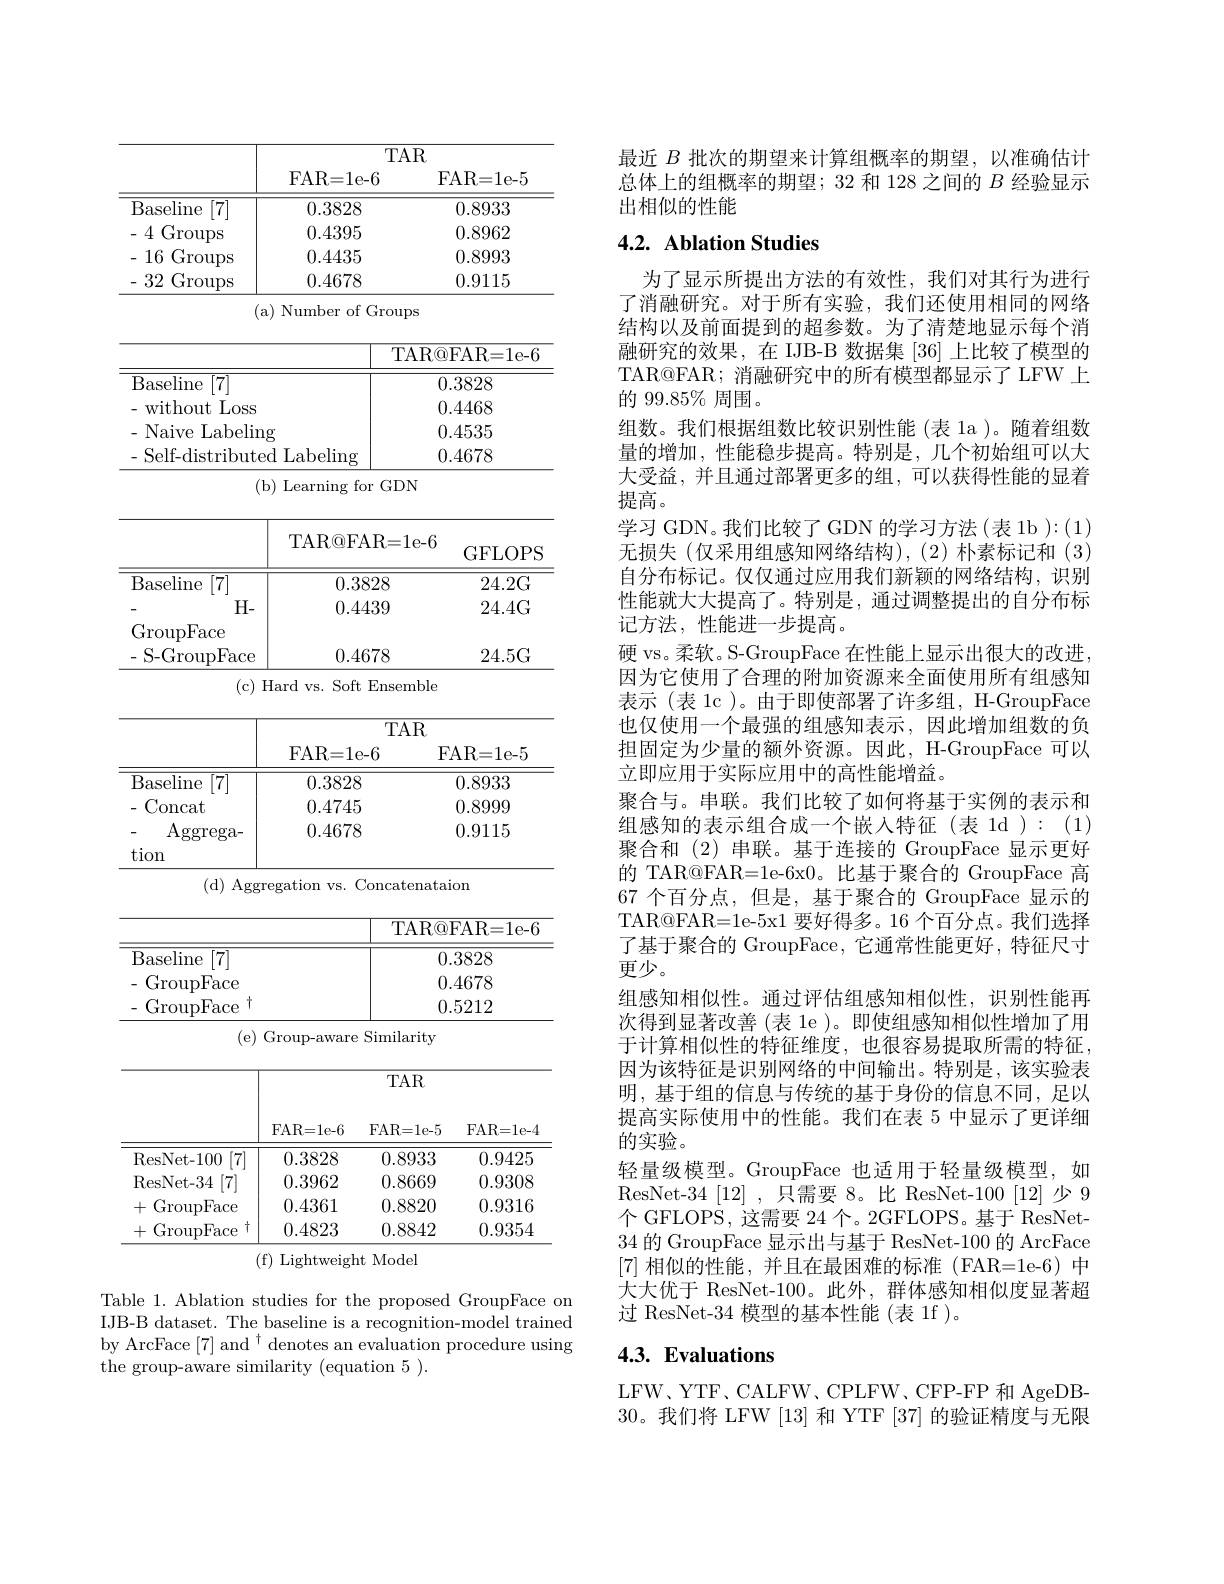
<table>
	<tbody>
		<tr>
			<th> </th>
			<th colspan="3">$TAR$</th>
		</tr>
		<tr>
			<th> </th>
			<th>FAR=1e-6</th>
			<th>-6 $F_{L}$</th>
			<th>FAR= 1e- 5</th>
		</tr>
		<tr>
			<td>Baseline [7]</td>
			<td>0.3828</td>
			<td> </td>
			<td>0.8933</td>
		</tr>
		<tr>
			<td>4( Groups</td>
			<td>0.4395</td>
			<td> </td>
			<td>0.8962</td>
		</tr>
		<tr>
			<td>16 $\operatorname{Groups}$</td>
			<td>0.4435</td>
			<td> </td>
			<td>0.8993</td>
		</tr>
		<tr>
			<td>32 Groups</td>
			<td>0.4678</td>
			<td> </td>
			<td>0.9115</td>
		</tr>
		<tr>
			<td>(a) I</td>
			<td>Number of Gr</td>
			<td>Groups</td>
			<td> </td>
		</tr>
		<tr>
			<td> </td>
			<td> </td>
			<td>TAR@ </td>
			<td>QFAR= 1e- 6</td>
		</tr>
		<tr>
			<td>Baseline $\overline{\left\lceil7\right\rceil}$</td>
			<td> </td>
			<td>0</td>
			<td>).3828</td>
		</tr>
		<tr>
			<td>Loss without</td>
			<td> </td>
			<td>0.</td>
			<td>).4468</td>
		</tr>
		<tr>
			<td>Naive Labeling</td>
			<td> </td>
			<td>0.</td>
			<td>).4535</td>
		</tr>
		<tr>
			<td>Self-distributed</td>
			<td>${\mathrm{d}}$Labeling</td>
			<td>0.</td>
			<td>).4678</td>
		</tr>
		<tr>
			<td>(b)</td>
			<td>Learning for</td>
			<td>$GDN$ $\Upsilon$</td>
			<td> </td>
		</tr>
		<tr>
			<td> </td>
			<td>TAR@FAR</td>
			<td>R= 1e- 6</td>
			<td>GFLOPS</td>
		</tr>
		<tr>
			<td>Baseline [7]</td>
			<td>$0.382\xi$</td>
			<td>328</td>
			<td>24.2G</td>
		</tr>
		<tr>
			<td>$H-$ GroupFace</td>
			<td>0.4439</td>
			<td>139</td>
			<td>24.4G</td>
		</tr>
		<tr>
			<td>S-GroupFace</td>
			<td>0.4678</td>
			<td>i78</td>
			<td>24.5G</td>
		</tr>
		<tr>
			<td>(c) Har</td>
			<td>ard $VS.$ Soft $En$</td>
			<td>Ensemble</td>
			<td> </td>
		</tr>
		<tr>
			<td> </td>
			<td>TM T $\frac{1}{2}=\frac{1}{2}=\frac{1}{2}$ -1 $\frac{1}{2}=\frac{1}{2}=\frac{1}{2}$ $\frac{1}{2}=\frac{1}{2}=\frac{1}{2}$</td>
			<td>$TAR$</td>
			<td>$\frac{1}{2}=\frac{1}{2}=\frac{1}{2}$ 1</td>
		</tr>
		<tr>
			<td>1 $1\bullet$ $[\neg1]$</td>
			<td>FAR= 1e- 0</td>
			<td>$F.$ </td>
			<td>AR= Ie- </td>
		</tr>
		<tr>
			<td>Baseline [7]</td>
			<td>0.3828</td>
			<td> </td>
			<td>0.8933</td>
		</tr>
		<tr>
			<td>Ddsellle</td>
			<td>$00\angle C$ 、、、</td>
			<td> </td>
			<td>0.09.00</td>
		</tr>
		<tr>
			<td>Concat</td>
			<td>0.4745</td>
			<td> </td>
			<td>0.8999</td>
		</tr>
		<tr>
			<td>${\mathrm{~oncat}}$</td>
			<td>0.4/40 1</td>
			<td> </td>
			<td>0.8999 15</td>
		</tr>
		<tr>
			<td>Aggrega- </td>
			<td>0.4678</td>
			<td> </td>
			<td>0.9115</td>
		</tr>
		<tr>
			<td>$155^{1}$cg$^{o}$ tion</td>
			<td>0.4010</td>
			<td> </td>
			<td>$V.U\bot U$</td>
		</tr>
		<tr>
			<td> </td>
			<td> </td>
			<td>IARQ</td>
			<td>gFAR= le- 6</td>
		</tr>
		<tr>
			<td>Baseline</td>
			<td> </td>
			<td> </td>
			<td>1.6828 70</td>
		</tr>
		<tr>
			<td>$\operatorname{iroupFace}$</td>
			<td> </td>
			<td> </td>
			<td>1.46/8</td>
		</tr>
		<tr>
			<td>$\operatorname{xrouprac}$ (e)Gru</td>
			<td>Sin $\operatorname{iroup-aware}$</td>
			<td>Similarity</td>
			<td>$J.0\angle1\angle$</td>
		</tr>
		<tr>
			<td></td>
			<td>$^{\mathrm{m}}F$</td>
			<td>$TAR$</td>
			<td> </td>
		</tr>
		<tr>
			<td>$FI$</td>
			<td>FAR=1e-6 $FA$</td>
			<td> FAR= 1e- 5</td>
			<td>FAR= 1e- 4</td>
		</tr>
		<tr>
			<td>ResNet- 100 [7]</td>
			<td>0.3828</td>
			<td>0.8933</td>
			<td>0.9425</td>
		</tr>
		<tr>
			<td>$\left|7\right|$ ResNet- 34</td>
			<td>0.3962</td>
			<td>0.8669</td>
			<td>0.9308</td>
		</tr>
		<tr>
			<td>+ GroupFace</td>
			<td>0.4361</td>
			<td>0.8820</td>
			<td>0.9316</td>
		</tr>
		<tr>
			<td>十 十 GroupFace</td>
			<td>0.4823</td>
			<td>0.8842</td>
			<td>0.9354</td>
		</tr>
		<tr>
			<td>$(f)$</td>
			<td>$\Gamma_{\mathrm{ioht}}$ rht</td>
			<td>Mode</td>
			<td> </td>
		</tr>
	</tbody>
</table>

by ArcFace $[7]\text{ and }^{\dagger}$ denotes an evaluation procedure using

the group-aware similarity (equation 5 ).

最近$B$批次的期望来计算组概率的期望，以准确估计总体上的组概率的期望；32 和 128 之间的$B$经验显示出相似的性能

## 4.2. Ablation Studies

为了显示所提出方法的有效性，我们对其行为进行了消融研究。对于所有实验，我们还使用相同的网络结构以及前面提到的超参数。为了清楚地显示每个消融研究的效果，在 IJB-B 数据集 [36] 上比较了模型的TAR@FAR; 消融研究中的所有模型都显示了 LFW 上的 99.85% 周围。
组数。我们根据组数比较识别性能(表 1a )。随着组数量的增加，性能稳步提高。特别是，几个初始组可以大大受益，并且通过部署更多的组，可以获得性能的显着提高。
学习 GDN。我们比较了 GDN 的学习方法(表 1b ):(1) 无损失(仅采用组感知网络结构),(2)朴素标记和(3) 自分布标记。仅仅通过应用我们新颖的网络结构，识别性能就大大提高了。特别是，通过调整提出的自分布标记方法，性能进一步提高。
硬 vs。柔软。S-GroupFace 在性能上显示出很大的改进， 因为它使用了合理的附加资源来全面使用所有组感知表示 (表 1c)。由于即使部署了许多组，H-GroupFace 也仅使用一个最强的组感知表示，因此增加组数的负担固定为少量的额外资源。因此，H-GroupFace 可以立即应用于实际应用中的高性能增益。
聚合与。串联。我们比较了如何将基于实例的表示和组感知的表示组合成一个嵌入特征(表 1d):(1) 聚合和(2)串联。基于连接的 GroupFace 显示更好的 TAR@FAR=1e-6x0。比基于聚合的 GroupFace 高67 个百分点，但是，基于聚合的 GroupFace 显示的TAR@FAR=1e-5x1 要好得多。16 个百分点。我们选择了基于聚合的 GroupFace, 它通常性能更好，特征尺寸更少。
组感知相似性。通过评估组感知相似性，识别性能再次得到显著改善 (表 1e )。即使组感知相似性增加了用于计算相似性的特征维度，也很容易提取所需的特征， 因为该特征是识别网络的中间输出。特别是，该实验表明，基于组的信息与传统的基于身份的信息不同，足以提高实际使用中的性能。我们在表 5 中显示了更详细的实验。
轻量级模型。GroupFace 也适用于轻量级模型，如ResNet-34[12] ,只需要 8。比 ResNet-100[12] 少 9个 GFLOPS, 这需要 24 个。2GFLOPS。基于 ResNet- 34的 GroupFace 显示出与基于 ResNet-100 的 ArcFace [7]相似的性能，并且在最困难的标准(FAR=1e-6)中大大优于 ResNet-100。此外，群体感知相似度显著超过 ResNet-34 模型的基本性能(表 1f )。

# 4.3. Evaluations

LFW、YTF、CALFW、CPLFW、CFP-FP 和 AgeDB- 30。我们将 LFW [13] 和 YTF [37] 的验证精度与无限